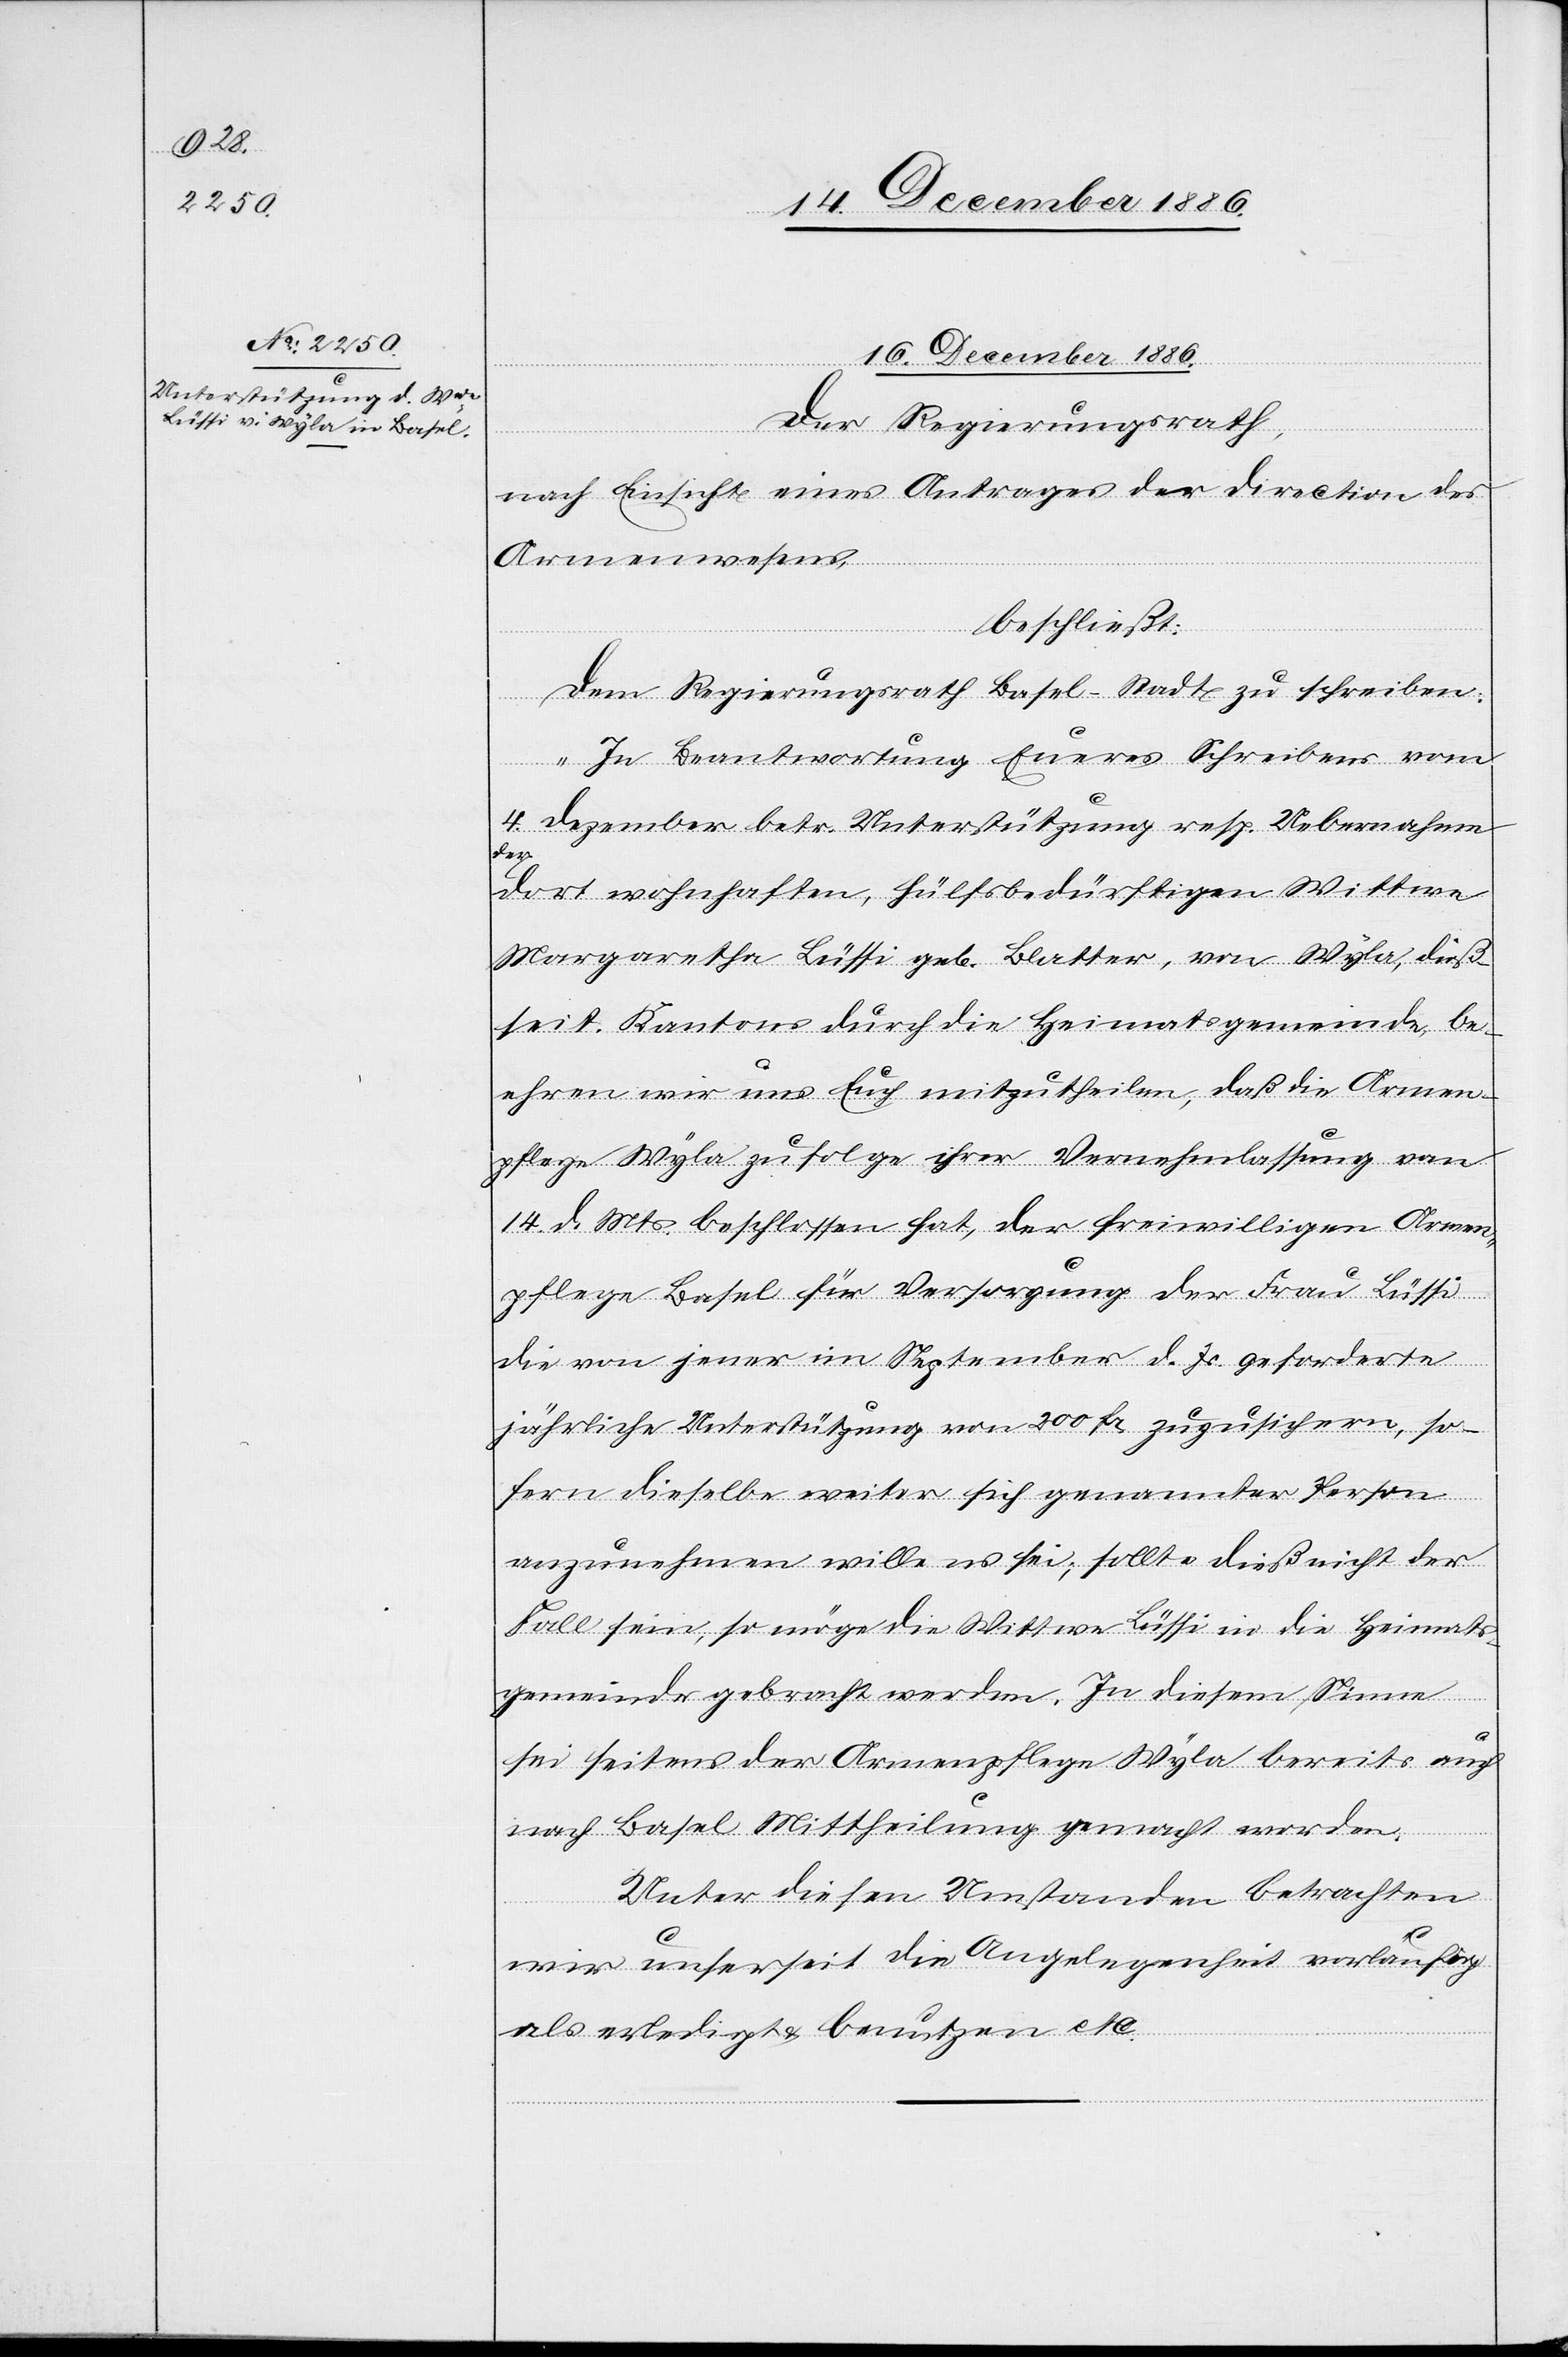
16. Dezember 1886.
Der Regierungsrath,
nach Einsicht eines Antrages der Direction des
Armenwesens,
beschließt:
Dem Regierungsrath Basel-Stadt zu schreiben:
„In Beantwortung Eueres Schreibens vom
4. Dezember betr. Unterstützung resp. Uebernahme
der
dort wohnhaften, hülsbedürftigen Wittwe
Margaretha Lüssi geb. Blatter, von Wyla, dieß¬
seit. Kantons durch die Heimatsgemeinde, be¬
ehren wir uns Euch mitzutheilen, daß die Armen¬
pflege Wyla zufolge ihrer Vernehmlassung von
14. d. Mts. beschlossen hat, der freiwilligen Armen¬
pflege Basel für Versorgung der Frau Lüssi
die von jener im September d. Js. geforderte
jährliche Unterstützung von 200 Fr. zuzusichern, so¬
fern dieselbe weiter sich genannter Person
anzunehmen willens sei; sollte dieß nicht der
Fall sein, so möge die Wittwe Lüssi in die Heimats¬
gemeinde gebracht werden. In diesem Sinne
sei seitens der Armenpflege Wyla bereits auch
nach Basel Mittheilung gemacht worden.
Unter diesen Umstanden [sic!] betrachten
wir unserseit[s] die Angelegenheit vorläufig
als erledigt & benutzen etc.